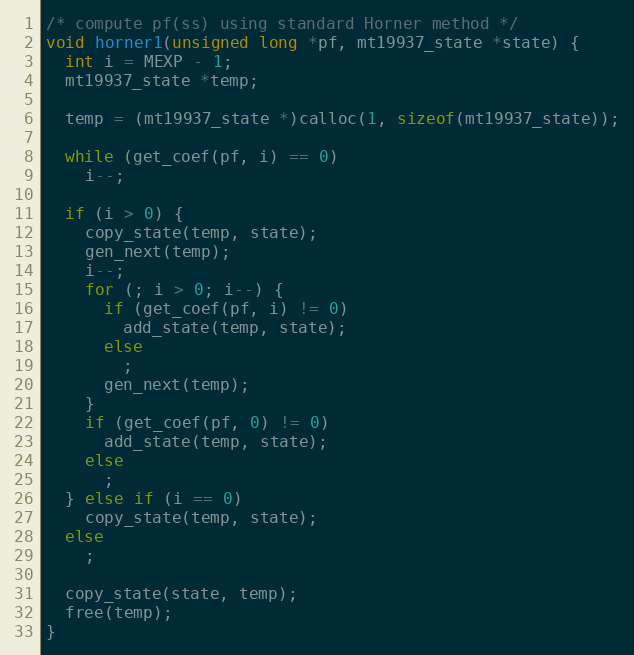
Language: C
/* compute pf(ss) using standard Horner method */
void horner1(unsigned long *pf, mt19937_state *state) {
  int i = MEXP - 1;
  mt19937_state *temp;

  temp = (mt19937_state *)calloc(1, sizeof(mt19937_state));

  while (get_coef(pf, i) == 0)
    i--;

  if (i > 0) {
    copy_state(temp, state);
    gen_next(temp);
    i--;
    for (; i > 0; i--) {
      if (get_coef(pf, i) != 0)
        add_state(temp, state);
      else
        ;
      gen_next(temp);
    }
    if (get_coef(pf, 0) != 0)
      add_state(temp, state);
    else
      ;
  } else if (i == 0)
    copy_state(temp, state);
  else
    ;

  copy_state(state, temp);
  free(temp);
}